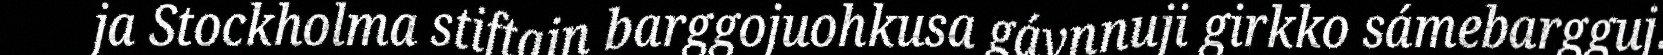
ja Stockholma stiftajn barggojuohkusa gávnnuji girkko sámebargguj.